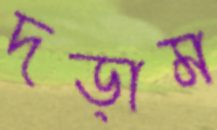
দড়াম